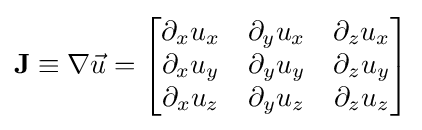
\mathbf {J} \equiv \nabla {\vec {u}}={\begin{bmatrix}\partial _{x}u_{x}&\partial _{y}u_{x}&\partial _{z}u_{x}\\\partial _{x}u_{y}&\partial _{y}u_{y}&\partial _{z}u_{y}\\\partial _{x}u_{z}&\partial _{y}u_{z}&\partial _{z}u_{z}\end{bmatrix}}